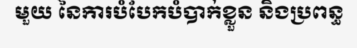
មួយ នៃការបំបែកបំបាក់ខ្លួន និងប្រពន្ធ